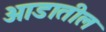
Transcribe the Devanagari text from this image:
आडातील